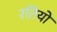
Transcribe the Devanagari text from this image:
रतियो